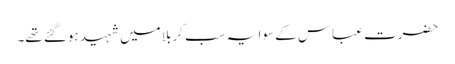
حضرت عباس کے سوا یہ سب کربلا میں شہید ہوگئے تھے۔